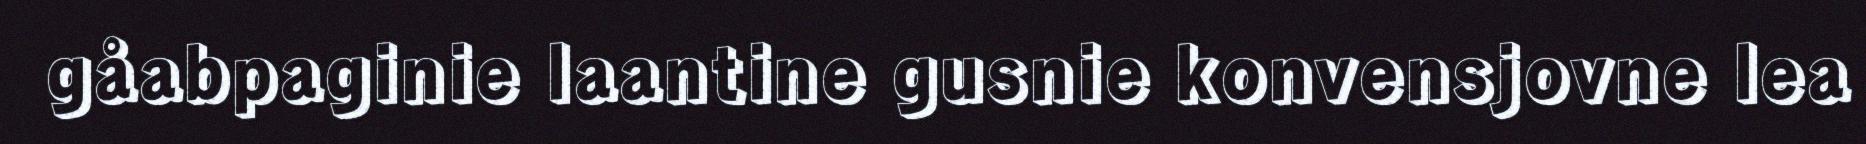
gåabpaginie laantine gusnie konvensjovne lea